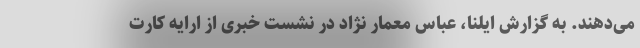
می‌دهند. به گزارش ایلنا، عباس معمار نژاد در نشست خبری از ارایه کارت